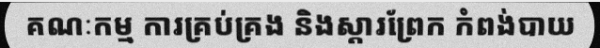
គណៈកម្ម ការគ្រប់គ្រង និងស្តារព្រែក កំពង់បាយ